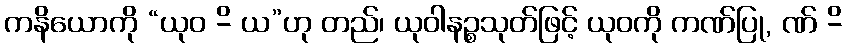
ကနိယောကို “ယုဝ -ိ ယ”ဟု တည်၊ ယုဝါနဉ္စသုတ်ဖြင့် ယုဝကို ကဏ်ပြု, ဏ် -ိ